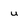
Character: u